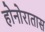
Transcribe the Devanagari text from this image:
होनोरातास